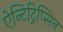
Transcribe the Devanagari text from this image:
ऐन्टिट्रिप्सिन